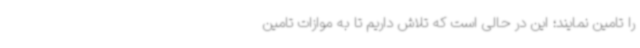
را تامین نمایند؛ این در حالی است که تلاش داریم تا به موازات تامین